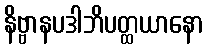
နိဗ္ဗာနပဒါဘိပတ္ထယာနော